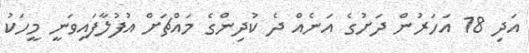
އަދި 18 އަހަރުން ދަށުގެ އަނެއް ދެ ކުދިންގެ މައްޗަށް އުފުލާފައިވަނީ މީހަކު